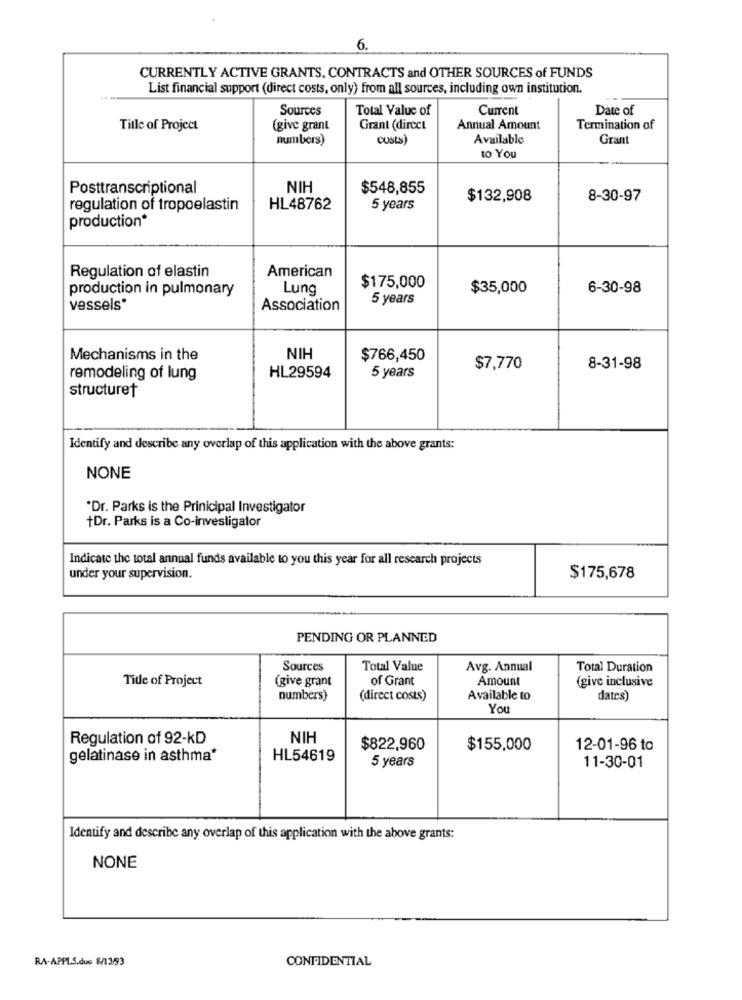
6.
CURRENTLY ACTIVE GRANTS, CONTRACTS and OTHER SOURCES of FUNDS
List financial support (direct costs, only) from all sources, including own institution.
Sources
Total Value of
Current
Date of
Title of Project
(give grant
Grant (direct
Annual Amount
Termination of
numbers)
costs
Available
Grant
to You
Posttranscriptional
NIH
$548,855
$132,908
8-30-97
regulation of tropoelastin
HL48762
5 years
production*
Regulation of elastin
American
$175,000
production in pulmonary
Lung
$35,000
6-30-98
5 years
vessels*
Association
Mechanisms in the
NIH
$766,450
$7,770
8-31-98
remodeling of lung
HL29594
5 years
structuret
Identify and describe any overlap of this application with the above grants:
NONE
*Dr. Parks is the Prinicipal Investigator
+Dr. Parks is a Co-investigator
Indicate the total annual funds available to you this year for all research projects
under your supervision.
$175,678
PENDING OR PLANNED
Sources
Total Value
Avg. Annual
Total Duration
Title of Project
(give grant
of Grant
Amount
(give inclusive
numbers)
(direct costs)
Available to
dates)
You
Regulation of 92-kD
NIH
$822,960
$155,000
12-01-96 to
gelatinase in asthma*
HL54619
5 years
11-30-01
Identify and describe any overlap of this application with the above grants:
NONE
RA-APPLS.due 8/13/93
CONFIDENTIAL